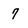
Character: 7